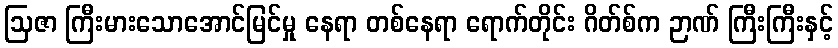
ဩဇာ ကြီးမားသောအောင်မြင်မှု နေရာ တစ်နေရာ ရောက်တိုင်း ဂိတ်စ်က ဉာဏ် ကြီးကြီးနှင့်